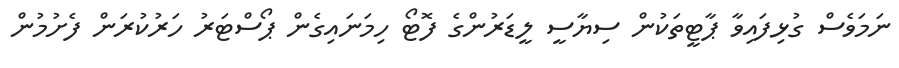
ނަމަވެސް ގުޅިފައިވާ ޕާޓީތަކުން ސިޔާސީ ލީޑަރުންގެ ފޮޓޯ ހިމަނައިގެން ޕޯސްޓަރު ހަރުކުރަން ފެށުމުން